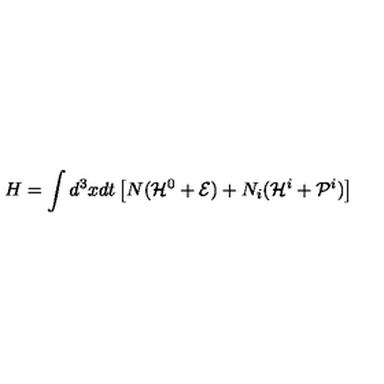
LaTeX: H = \int d ^ { 3 } x d t \left[ N ( { \cal H } ^ { 0 } + { \cal E } ) + N _ { i } ( { \cal H } ^ { i } + { \cal P } ^ { i } ) \right]